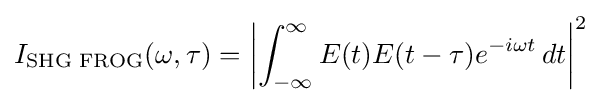
I_{\text{SHG FROG}}(\omega ,\tau )=\left|\int _{-\infty }^{\infty }E(t)E(t-\tau )e^{-i\omega t}\,dt\right|^{2}